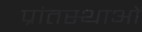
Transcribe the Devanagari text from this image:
प्रांतस्थाओं